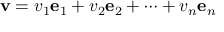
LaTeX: \mathbf { v } = v _ { 1 } \mathbf { e } _ { 1 } + v _ { 2 } \mathbf { e } _ { 2 } + \cdots + v _ { n } \mathbf { e } _ { n }